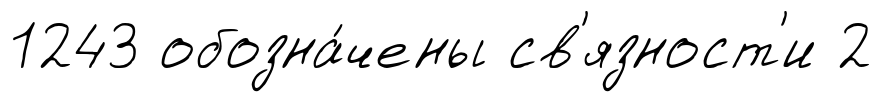
1243 обозна́чены св'язност'и 2